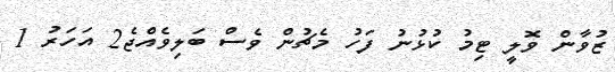
ޒުވާން ވޮލީ ޓިމު ކުޅުނު ފަހު މެޗުން ވެސް ބަލިވެއްޖެ2 އަހަރު 1